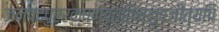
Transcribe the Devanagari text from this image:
जनपदपुररक्षणवृत्तिमनुपजीत्यपि